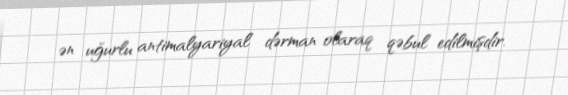
ən uğurlu antimalyariyal dərman olaraq qəbul edilmişdir.